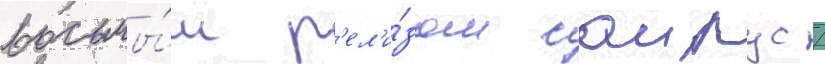
восьмы́м р'ел'и́зом саирус /